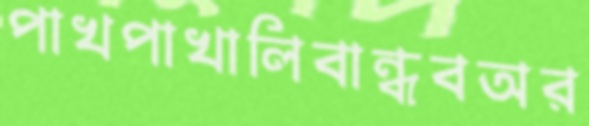
পাখপাখালিবান্ধবঅর